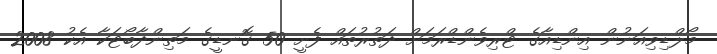
މޯލްޑިވިއަނުން އިންޑިއާގެ ޓްރިވެންޑްރަމަށް ދަތުރުތައް ފެށީ 50 ގޮނޑީގެ މަތިންދާބޯޓަކާ އެކު 2008